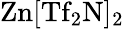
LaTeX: \mathrm{Zn[Tf_{2}N]_{2}}